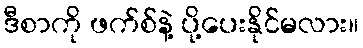
ဒီစာကို ဖက်စ်နဲ့ ပို့ပေးနိုင်မလား။